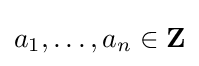
a_{1},\ldots ,a_{n}\in \mathbf {Z}